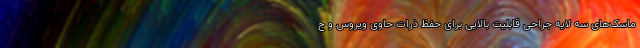
ماسک‌های سه لایه جراحی قابلیت بالایی برای حفظ ذرات حاوی ویروس و ج